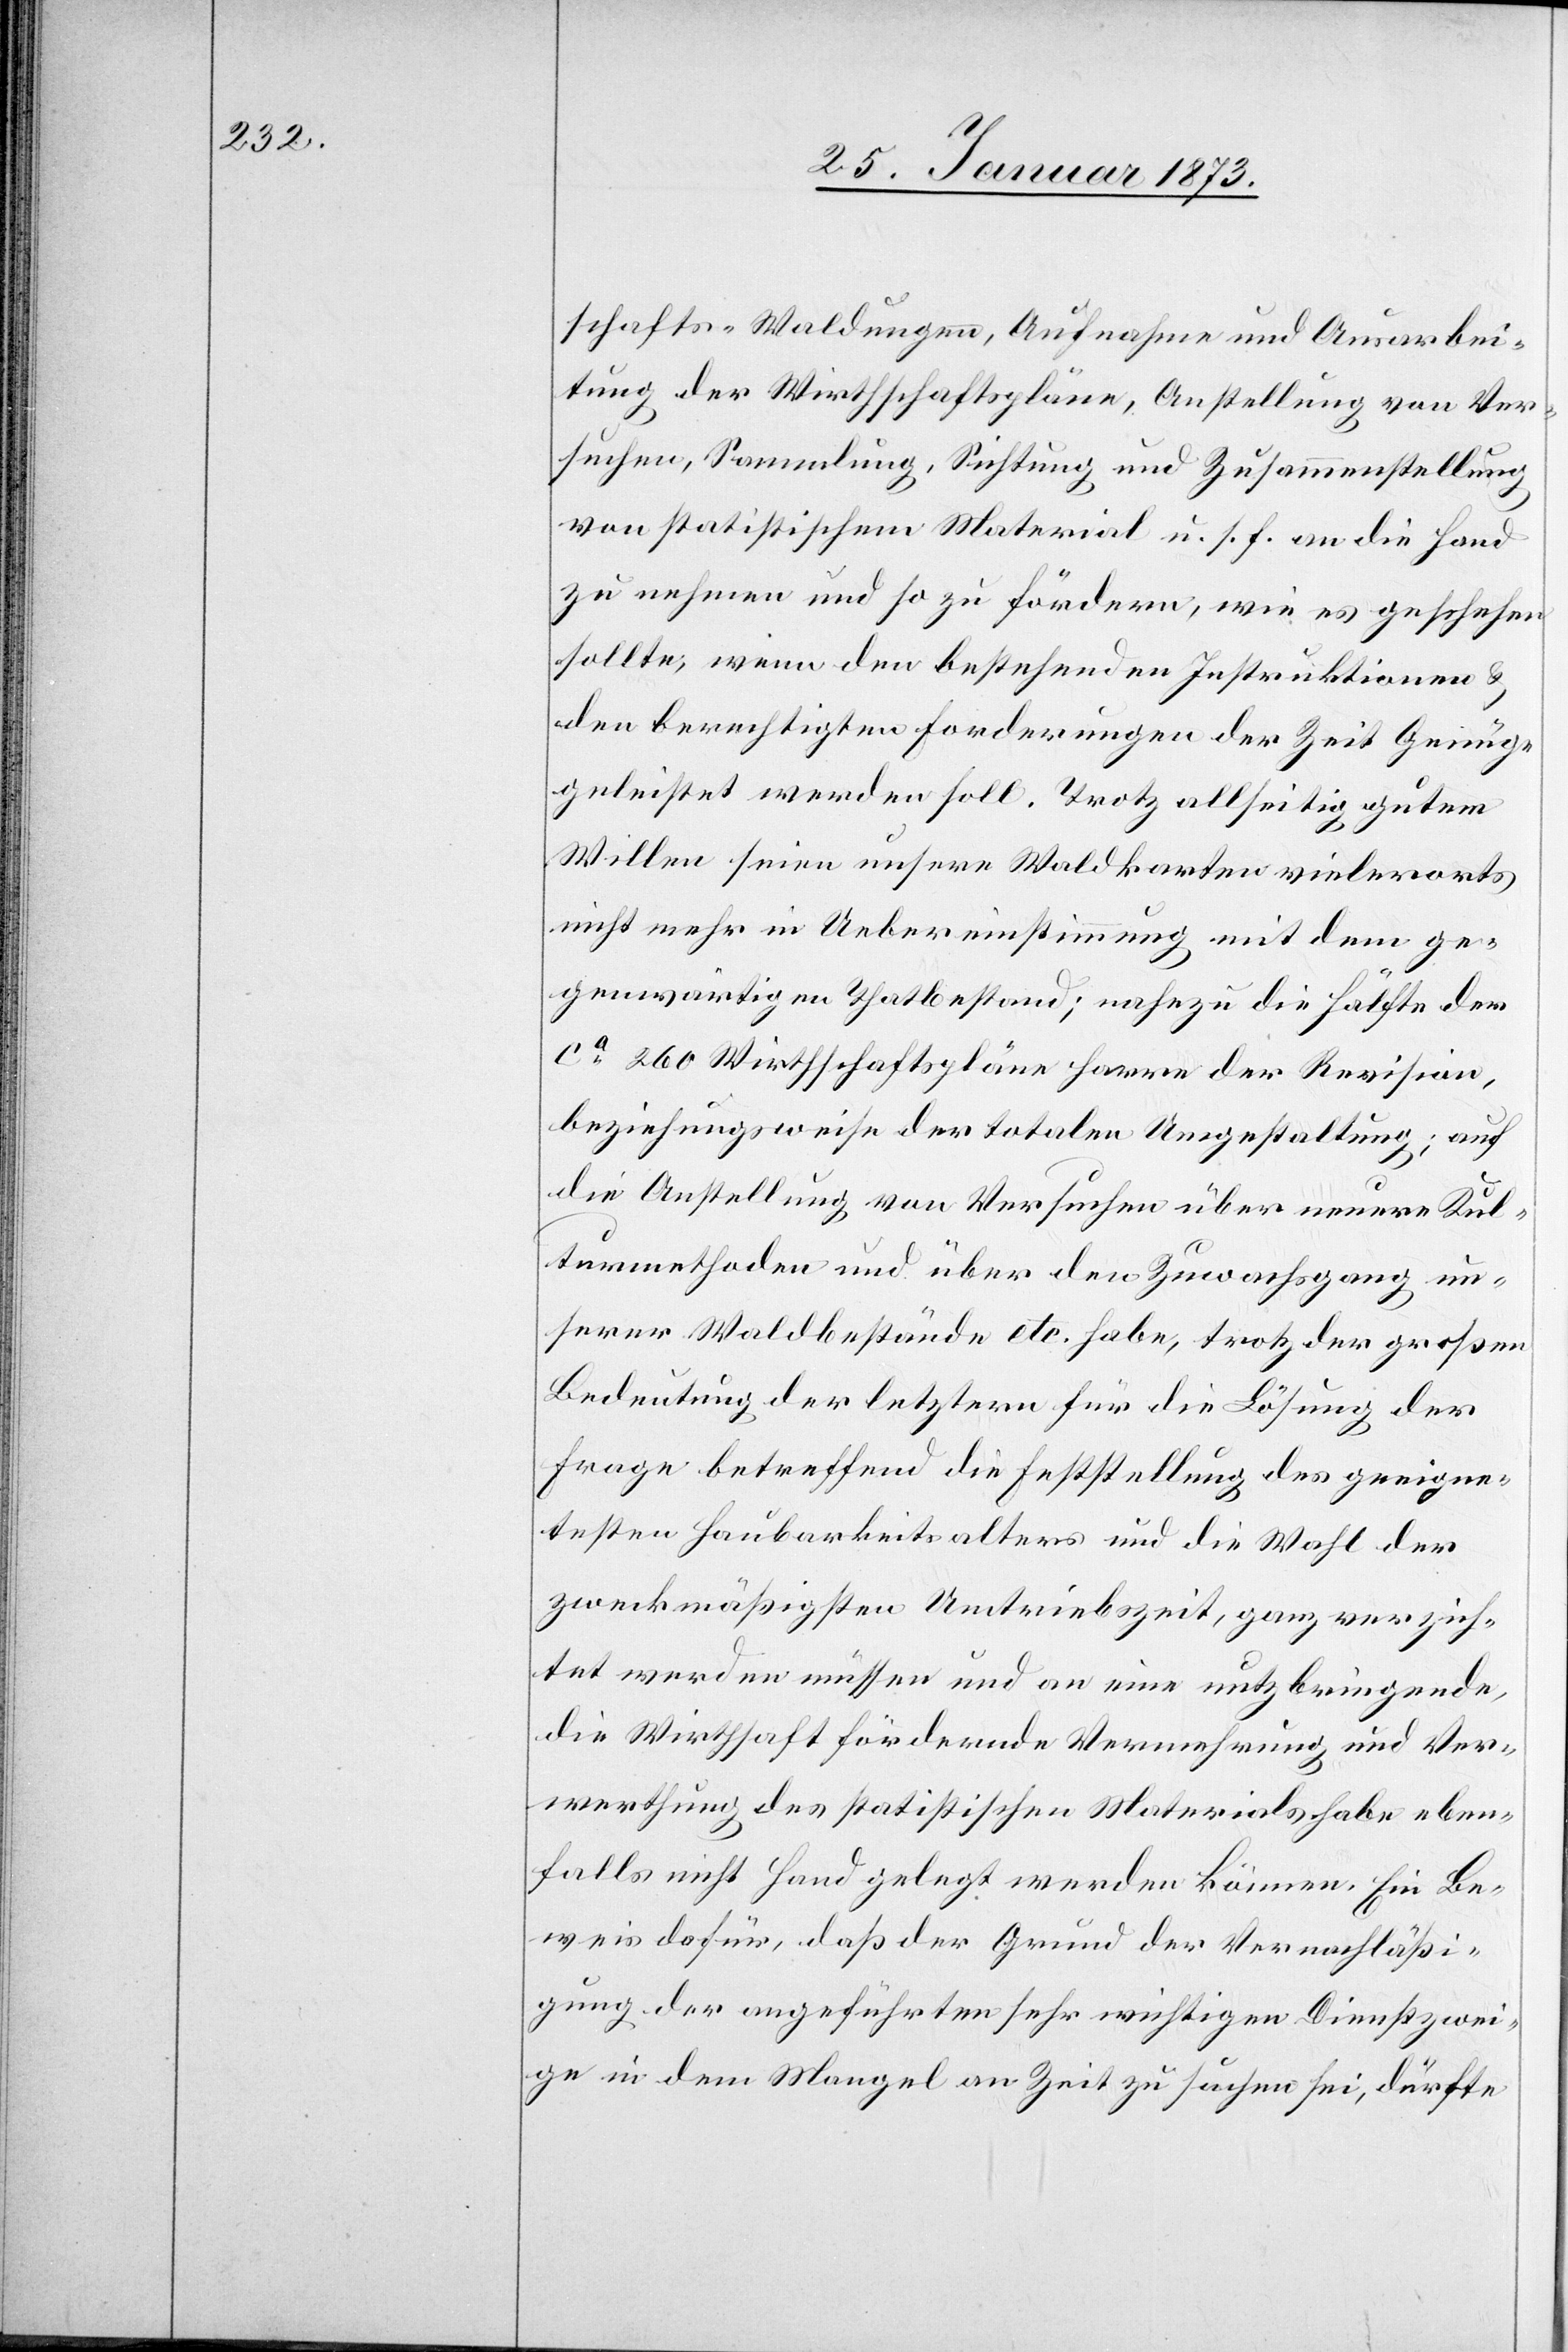
schafts-Waldungen, Aufnahme und Ausarbei¬
tung der Wirthschaftspläne, Anstellung von Ver¬
suchen, Sammlung, Sichtung und Zusammenstellung
von statistischem Material u. s. f. an die Hand
zu nehmen und so zu fördern, wie es geschehen
sollte, wenn den bestehenden Instruktionen u.
berechtigten Forderungen der Zeit Genüge
geleistet werden soll. Trotz allseitig gutem
Willen seien unsere Waldkarten vielerorts
nicht mehr in Uebereinstimmung mit dem ge¬
genwärtigen Thatbestand; nahezu die Hälfte der
ca 260 Wirthschaftspläne harre der Revision,
beziehungsweise der totalen Umgestaltung; auf
die Anstellung von Versuchen über neuere Kul¬
turmethoden und über den Zuwachsgang un¬
terer Waldbestände etc. habe, trotz der großen
Bedeutung der letztern für die Lösung der
Frage betreffend die Feststellung des geeigne¬
testen Haubarkeitsalters und die Wahl der
zweckmäßigsten Umtriebszeit, ganz verzich¬
tet werden müssen und an eine nutzbringende,
die Wirthschaft fördernde Vermehrung und Ver¬
werthung des statistischen Materials habe eben¬
falls nicht Hand gelegt werden können. Ein Be¬
weis dafür, daß der Grund der Vernachläßi¬
gung der angeführten sehr wichtigen Dienstzwei¬
ge in dem Mangel an Zeit zu suchen sei, dürfte